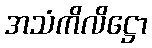
အသံကိလိဋ္ဌော